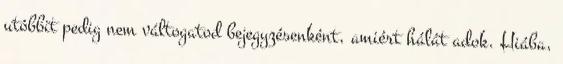
utóbbit pedig nem váltogatod bejegyzésenként, amiért hálát adok. Hiába,